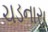
ચડનારા